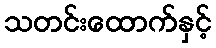
သတင်းထောက်နှင့်